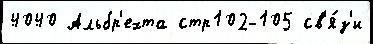
4040 Альбр'ехта стр102-105 св'я́з'и